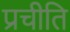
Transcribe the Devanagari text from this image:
प्रचीति